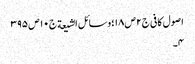
اصول کافی ج٢ ص ١٨؛ وسائل الشیعة ج١٠ ص ٣٩٥
٤۔